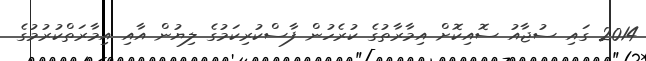
2014 ގައި ސުޖާއު ސޮއިކޮށް އިމާރާތުގެ ކުރެހުން ފާސްކުރިކަމުގެ ލިޔުން އާއި އިމާރަތްކުރުމުގެ